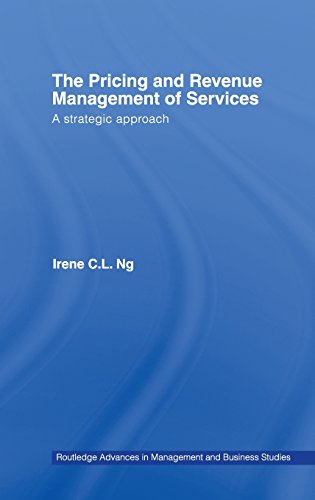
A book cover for The Pricing and Revenue Management of Services: A Strategic Approach (Routledge Advances in Management and Business Studies); Irene C.L. Ng; Business & Money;